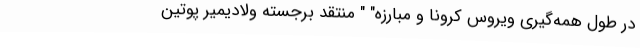
در طول همه‌گیری ویروس کرونا و مبارزه" " منتقد برجسته ولادیمیر پوتین